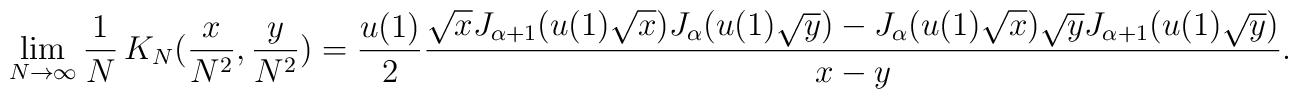
\lim_{N\rightarrow\infty} \frac1N\, K_N(\frac{x}{N^2}, \frac{y}{N^2})=\frac{u(1)}{2} \frac{\sqrt{x} J_{\alpha+1} ( u(1)\sqrt{x} ) J_\alpha ( u(1)\sqrt{y} )-J_\alpha ( u(1)\sqrt{x} ) \sqrt{y} J_{\alpha+1} ( u(1)\sqrt{y} )}{x-y} .